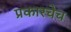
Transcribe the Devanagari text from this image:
प्रकारचेच